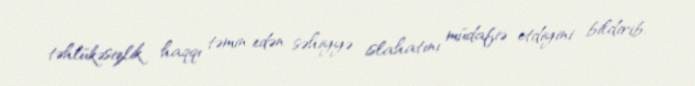
təhlükəsizlik haqqı təmin edən səhiyyə islahatını müdafiə etdiyini bildirib.